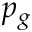
p _ { g }